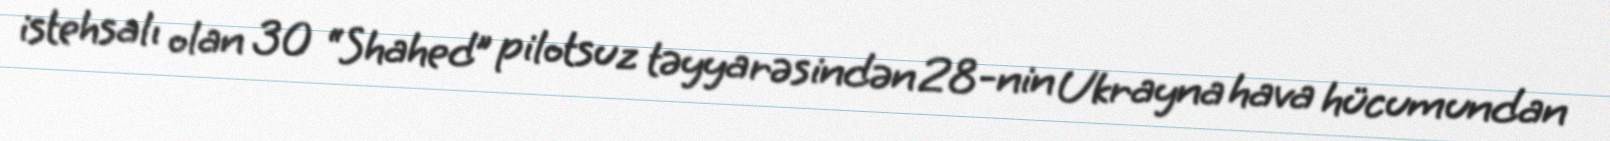
istehsalı olan 30 “Shahed” pilotsuz təyyarəsindən 28-nin Ukrayna hava hücumundan